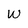
Character: w